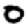
Digit: 0